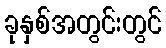
ခုနှစ်အတွင်းတွင်